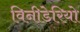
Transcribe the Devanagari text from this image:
विनीडेरियो